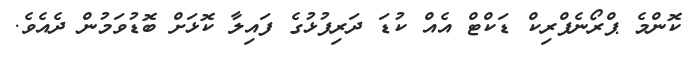
ކޮންމެ ޕްރޯނެފްރިކް ޑަކްޓް އެއް ކުޑަ ދަރިފުޅުގެ ފައިލާ ކޮޅަށް ބޮޑުވަމުން ދެއެވެ.